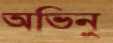
অভিনু